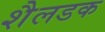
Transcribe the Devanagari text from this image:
शैलडक